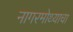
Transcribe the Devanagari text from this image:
नागरमोथ्याचा